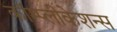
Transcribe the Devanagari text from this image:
कॉम्प्लीकेशन्स